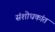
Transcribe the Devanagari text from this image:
संशोधकांत